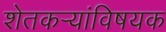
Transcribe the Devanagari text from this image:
शेतकर्‍यांविषयक